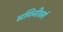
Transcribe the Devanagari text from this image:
भगिनीवर्ग